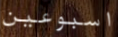
اسبوعين